Cholera in southern India
Disease focus: Cholera
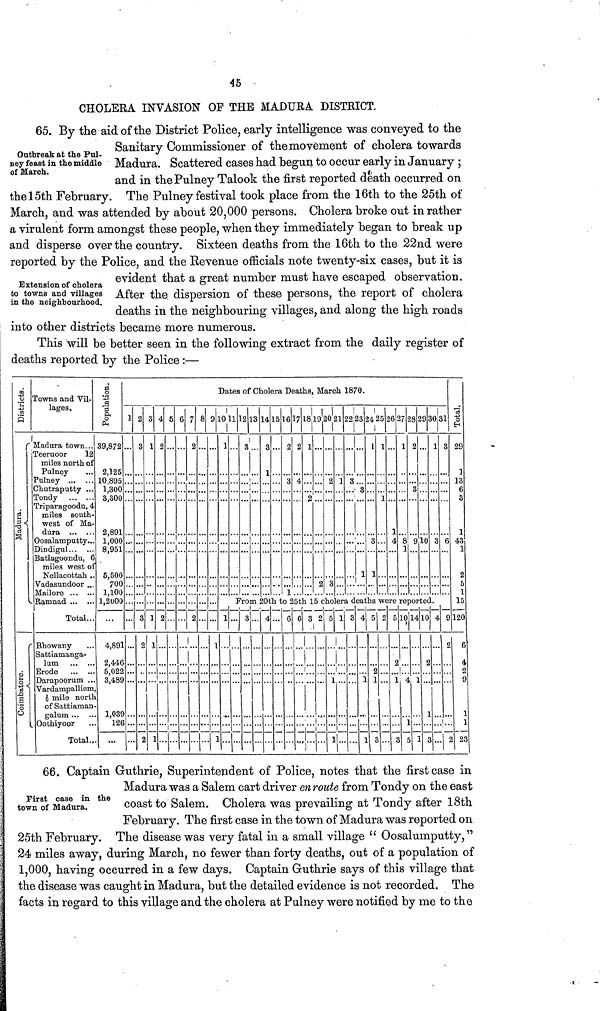
45
CHOLERA INVASION OF THE MADURA DISTRICT.
Outbreak at the Pul-
ney feast in the middle
of March.
65. By the aid of the District Police, early intelligence was conveyed to the
Sanitary Commissioner of the movement of cholera towards
Madura. Scattered cases had begun to occur early in January ;
and in thePulney Talook the first reported death occurred on
the 15th February. The Pulney festival took place from the 16th to the 25th of
March, and was attended by about 20,000 persons. Cholera broke out in rather
a virulent form amongst these people, when they immediately began to break up
and disperse over the country. Sixteen deaths from the 16th to the 22nd were
reported by the Police, and the Revenue officials note twenty-six cases, but it is
Extension of cholera
to towns and villages
in the neighbourhood.
evident that a great number must have escaped observation.
After the. dispersion of these persons, the report of cholera
deaths in the neighbouring villages, and along the high roads
into other districts became more numerous.
This will be better seen in the following extract from the daily register of
deaths reported by the Police :—
Districts.
Mudura.
Coimbatore.
Towns and Vil-
lages,
Madura town...
Teeruoor
12
miles north of
Pulney
Pulney
Chutraputty ...
Tondy
Triparagoodu, 4
miles south-
west of Ma-
dura
Oosalamputty...
Dindigul
Batlagoondu, 6
miles west of
Nellacottah ..
Vadasundoor ...
Mailore
Rarunad
Total...
Bhowany
Sattiamanga-
lum
Erode
Darapoorum ...
Vardampalliem
mile north
of Sattiaman
galum
Oothiyoor
Total
Population.
39,872
2,125
10,895
1,300
3,300
2,891
1,000
8,951
5,500
700
1,100
1,2000
4,891
2,446
5,022
3,489
1,039
126
Dates of Cholera Deaths, March 1870.
1 2
3
3
?
...
?
3
1
1
1
1
4
?,
2
5 6
...
7
?,
2
8
...
9
...
1
...
1
!
LO
1
1
1112
3
13 14
3
1
15 16
?,
3
1
17
4
18.
?,
•1
2
20
?,
a
21
1
22
3
23
3
1
24 25
1
3
1
1
1
26
1
4
27
1
8
1
28
?,
c
29
10
30
1
3
From 20th to 25th 15 cholera deaths were reported.
... 3
• ••
... 4 ... 6
..
6 3
•
2
...
5
1
1
1 3 4
1
]
5
2
1
2 5
2
1
€
4
1
E
14
1
]
10
2
1
S
4
31
3
6
9
0
2
Total
1
13
6
3
1
43
1
2
5
1
15
120
6
4
s
9
1
23
First case in the
town of Madura.
66. Captain Gruthrie, Superintendent of Police, notes that the first case in
Madura was a Salem cart driver enroute from Tondy on the east
coast to Salem. Cholera was prevailing at Tondy after 18th
February. The first case in the town of Madura was reported on
25th February. The disease was very fatal in a small village " Oosalumputty,
24 miles away, during March, no fewer than forty deaths, out of a population of
1,000, having occurred in a few days. Captain Gruthrie says of this village that
the disease was caught in Madura, but the detailed evidence is not recorded. The
facts in regard to this village and the cholera at Pulney were notified by me to the